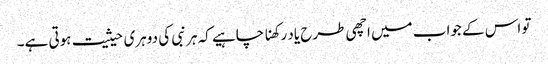
تو اس کے جواب میں اچھی طرح یاد رکھنا چاہیے کہ ہر نبی کی دوہری حیثیت ہوتی ہے۔